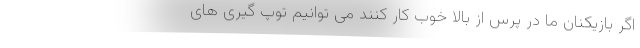
اگر بازیکنان ما در پرس از بالا خوب کار کنند می توانیم توپ گیری های